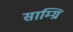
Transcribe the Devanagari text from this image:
साम्ग्रि